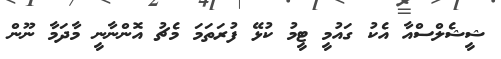
ޝީޝެލްސްއާ އެކު ގައުމީ ޓީމު ކުޅޭ ފުރަތަމަ މެޗު އޮންނާނީ މާދަމާ ނޫން